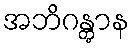
အဘိဂန္တွာန